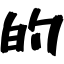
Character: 的